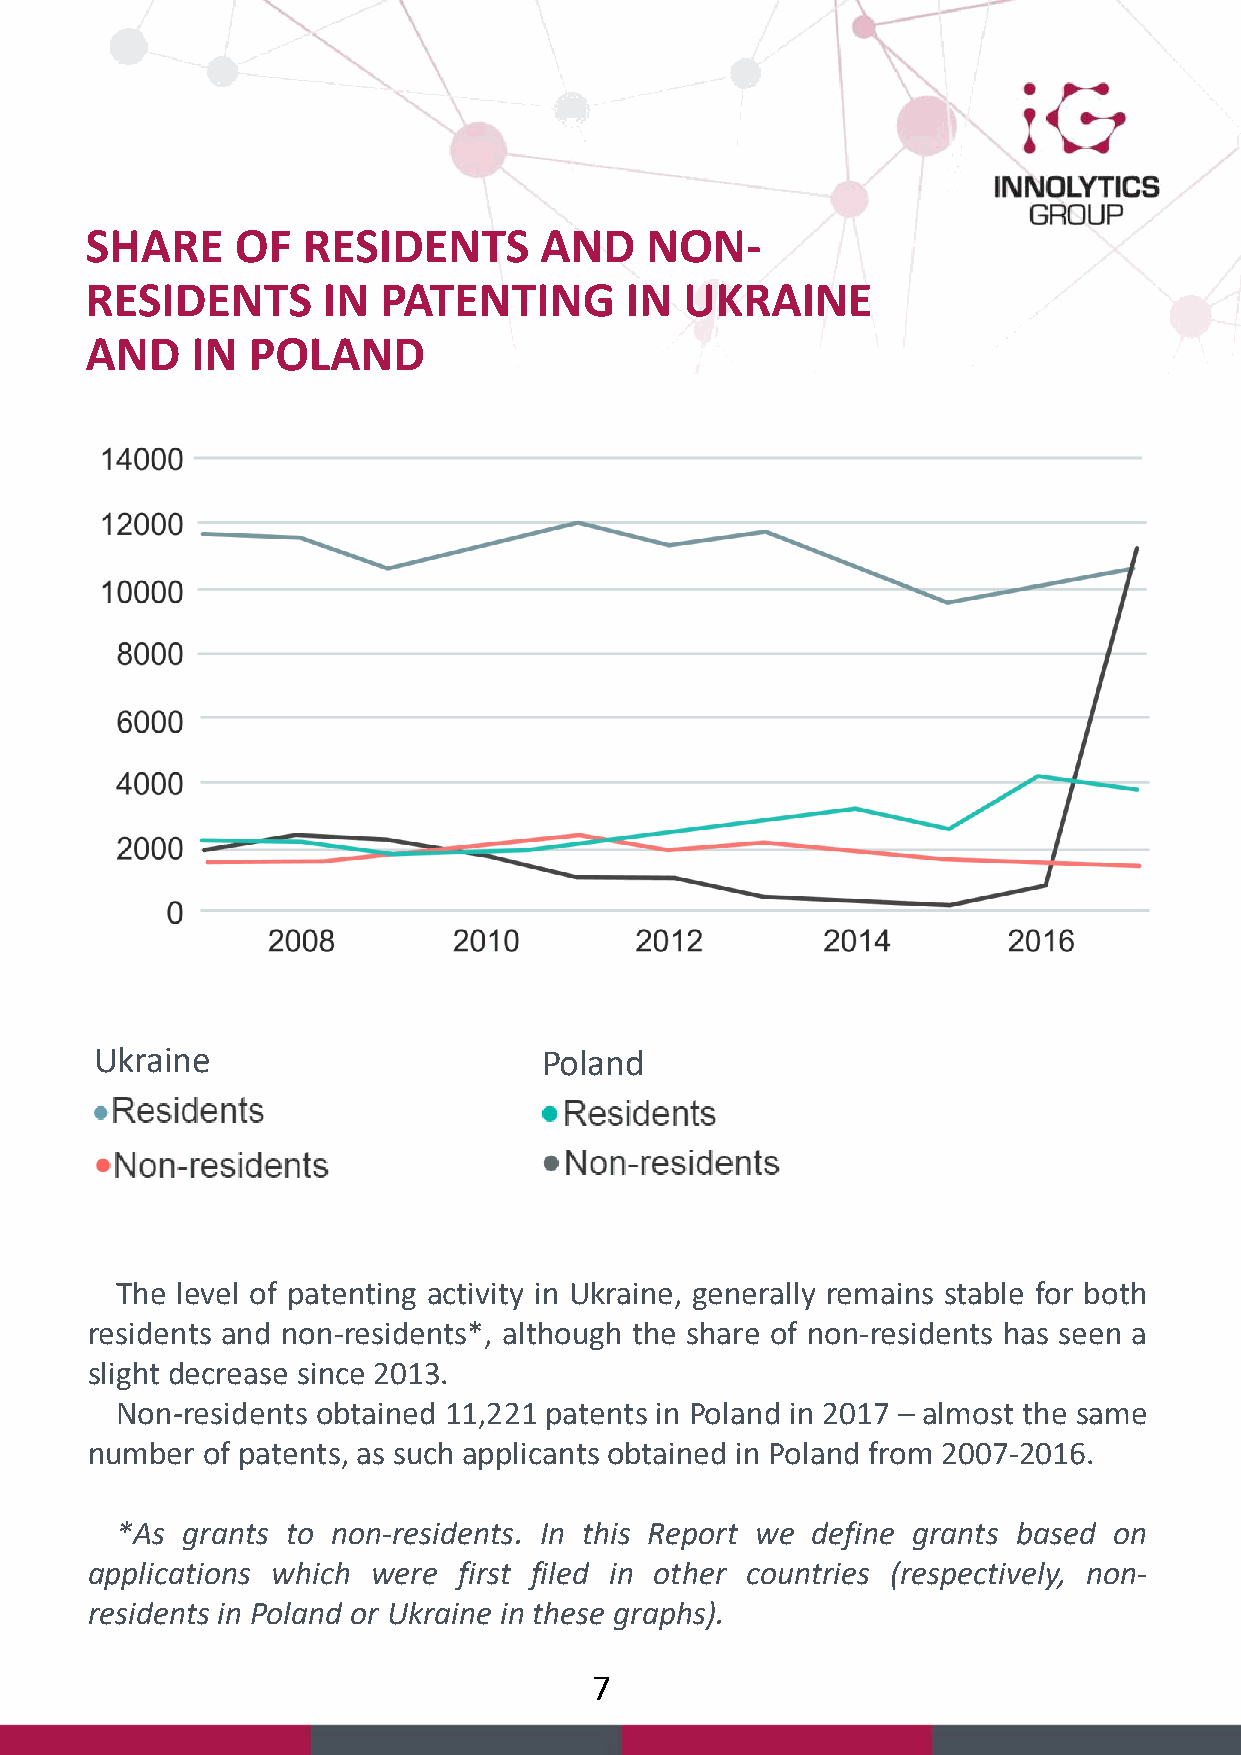
SHARE     OF  RESIDENTS       AND    NON-
 RESIDENTS      IN  PATENTING       IN  UKRAINE
 AND    IN POLAND
 Ukraine                       Poland
 The level of patenting activity in Ukraine, generally remains stable for both
 residents and non-residents*, although the share of non-residents has seen a
 slight decrease since 2013.
 Non-residents obtained 11,221 patents in Poland in 2017 – almost the same
 number of patents, as such applicants obtained in Poland from 2007-2016.
 *As grants to non-residents. In this Report we define grants based on
 applications which were first filed in other countries (respectively, non-
 residents in Poland or Ukraine in these graphs).
 7